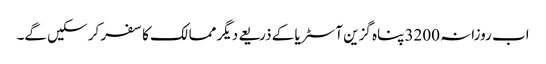
اب روزانہ 3200 پناہ گزین آسٹریا کے ذریعے دیگر ممالک کا سفر کر سکیں گے۔